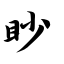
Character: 眇